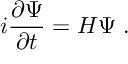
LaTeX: i \frac { \partial \Psi } { \partial t } = H \Psi \; .